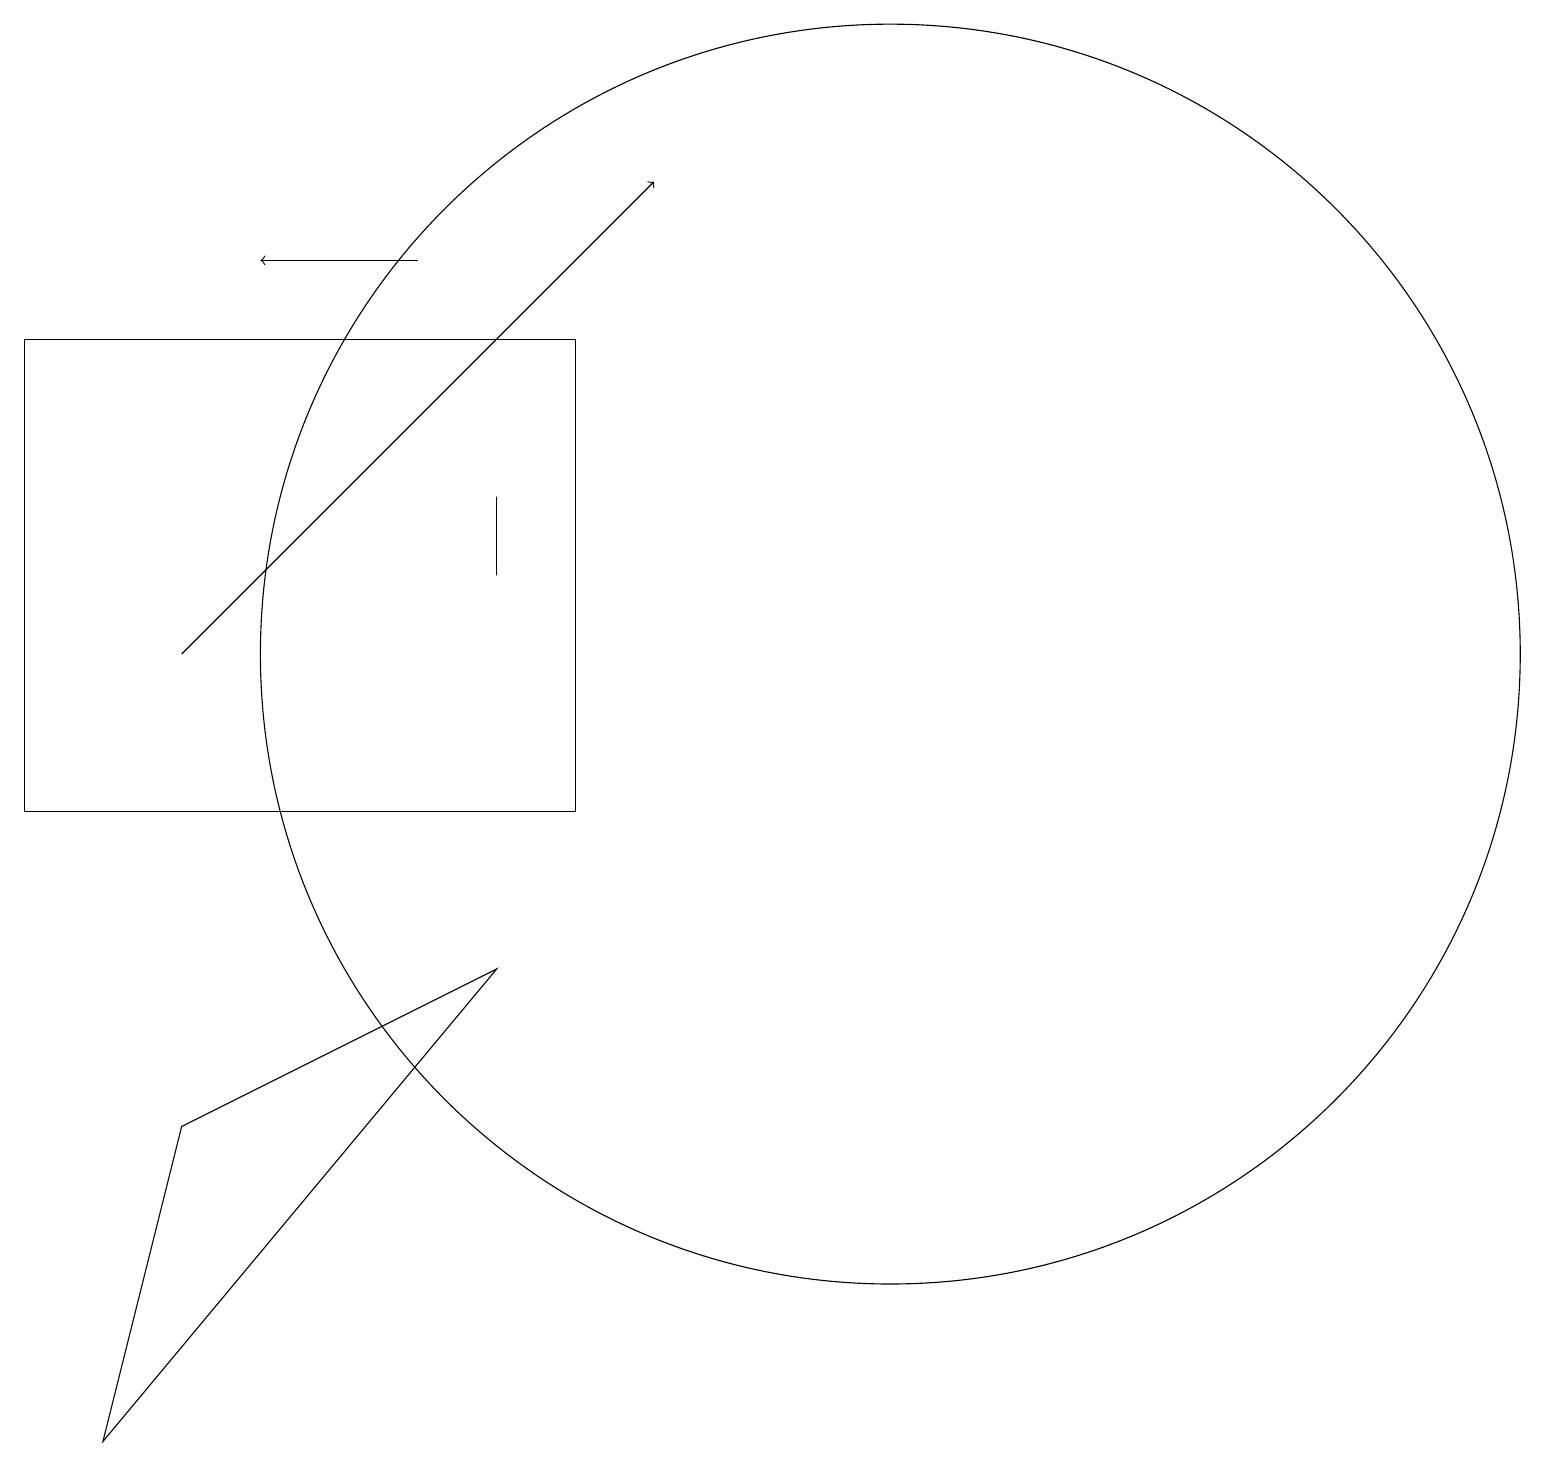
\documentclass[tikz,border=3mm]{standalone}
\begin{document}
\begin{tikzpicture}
\draw[->] (6,17) -- (4,17);
\draw (8,10) rectangle (1,16);
\draw (3,6) -- (7,8) -- (2,2) -- cycle;
\draw[->] (3,12) -- (9,18);
\draw (12,12) circle (8);
\draw (7,14) rectangle (7,13);
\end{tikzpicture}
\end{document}